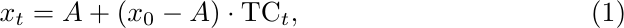
\begin{equation}
x_t=A+(x_0-A)\cdot \text{TC}_t, \label{eqn:opt-x-tc}
\end{equation}